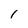
Character: 1